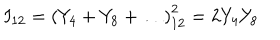
I _ { 1 2 } = \left( Y _ { 4 } + Y _ { 8 } + \ldots \right) _ { 1 2 } ^ { 2 } = 2 Y _ { 4 } Y _ { 8 }